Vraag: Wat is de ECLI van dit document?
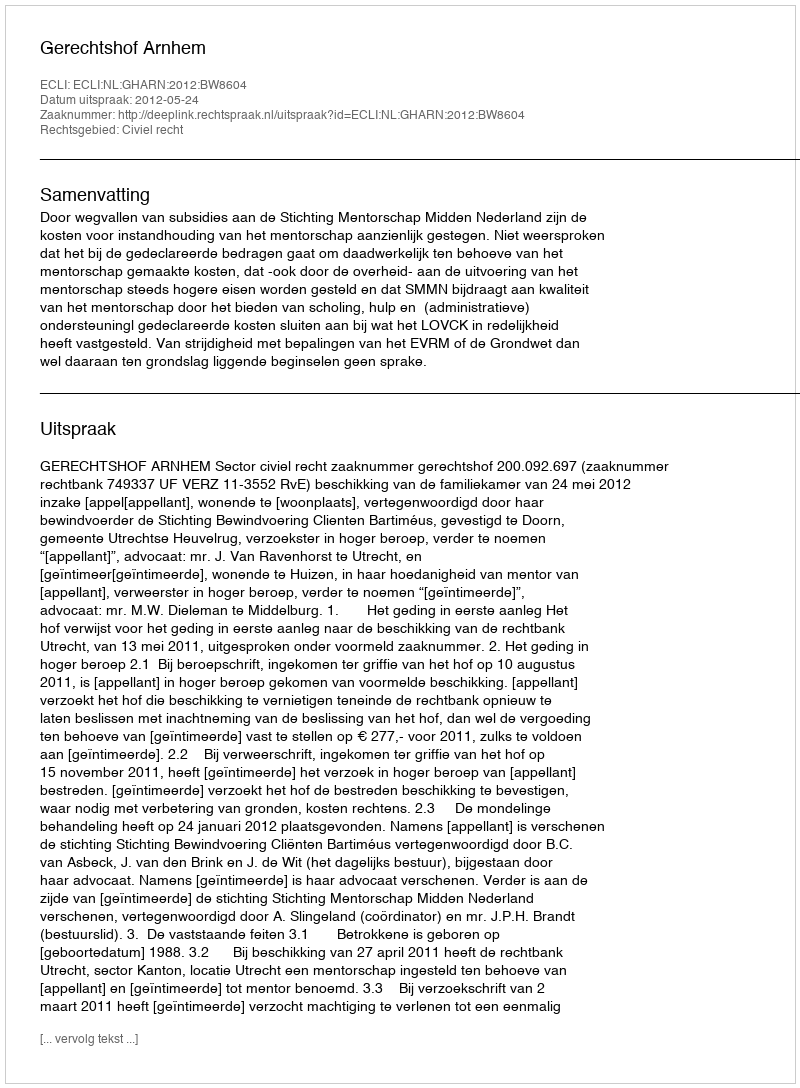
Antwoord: ECLI:NL:GHARN:2012:BW8604